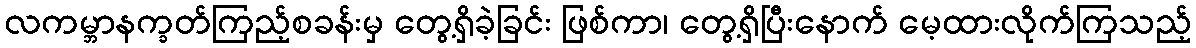
လကမ္ဘာနက္ခတ်ကြည့်စခန်းမှ တွေ့ရှိခဲ့ခြင်း ဖြစ်ကာ၊ တွေ့ရှိပြီးနောက် မေ့ထားလိုက်ကြသည့်